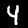
Label: 4